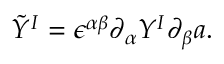
\tilde { Y } ^ { I } = \epsilon ^ { \alpha \beta } \partial _ { \alpha } Y ^ { I } \partial _ { \beta } a .